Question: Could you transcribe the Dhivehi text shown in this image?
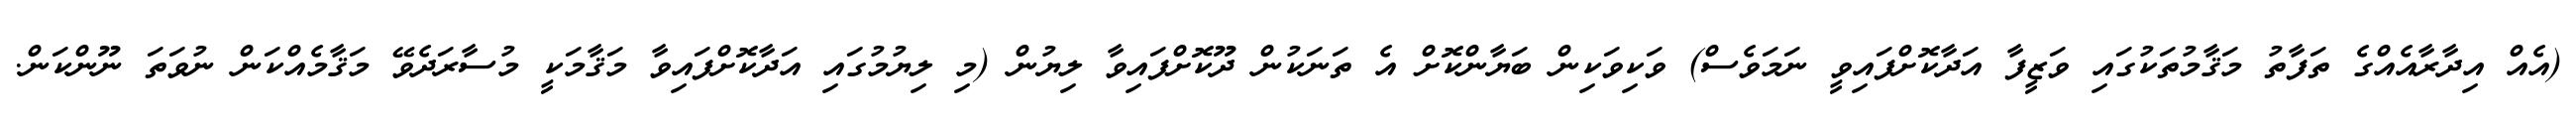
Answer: (އެއް އިދާރާއެއްގެ ތަފާތު މަޤާމުތަކުގައި ވަޒީފާ އަދާކޮށްފައިވީ ނަމަވެސް) ވަކިވަކިން ބަޔާންކޮށް އެ ތަނަކުން ދޫކޮށްފައިވާ ލިޔުން (މި ލިޔުމުގައި އަދާކޮށްފައިވާ މަޤާމަކީ މުސާރަދެވޭ މަޤާމެއްކަން ނުވަތަ ނޫންކަން.